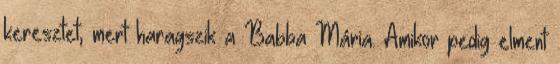
keresztet, mert haragszik a Babba Mária. Amikor pedig elment